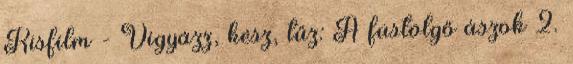
Kisfilm - Vigyázz, kész, tűz: A füstölgő ászok 2.